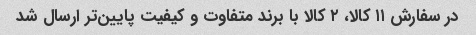
در سفارش ۱۱ کالا، ۲ کالا با برند متفاوت و کیفیت پایین‌تر ارسال شد